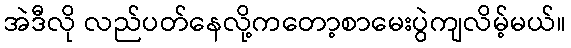
အဲဒီလို လည်ပတ်နေလို့ကတော့စာမေးပွဲကျလိမ့်မယ်။